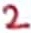
Text: 2